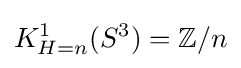
K_{H=n}^{1}(S^{3})=\mathbb {Z} /n